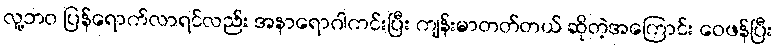
လူ့ဘဝ ပြန်ရောက်လာရင်လည်း အနာရောဂါကင်းပြီး ကျန်းမာတတ်တယ် ဆိုတဲ့အကြောင်း ဝေဖန်ပြီး